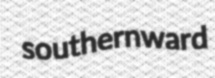
southernward